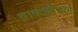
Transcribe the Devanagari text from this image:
वाकझीयार्ग